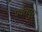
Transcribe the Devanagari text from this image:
पर्वतपुर